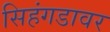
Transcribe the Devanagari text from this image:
सिहंगडावर